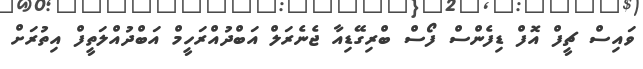
ވައިސް ޗީފް އޮފް ޑިފެންސް ފޯސް ބްރިގޭޑިއާ ޖެނެރަލް އަބްދުއްރަހީމް އަބްދުއްލަތީފް އިތުރަށް